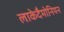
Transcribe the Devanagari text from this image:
लाकेदैमोनियन